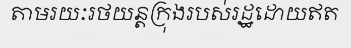
តាមរយៈរថយន្តក្រុងរបស់រដ្ឋដោយឥត